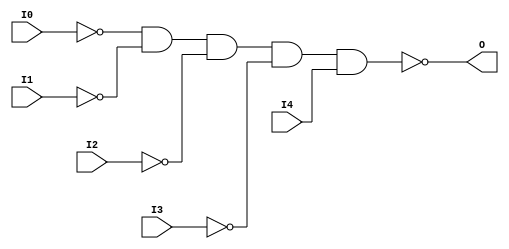
// $Header: /devl/xcs/repo/env/Databases/CAEInterfaces/verunilibs/data/uni9000/NAND5B4.v,v 1.4 2007/05/23 20:05:05 patrickp Exp $
///////////////////////////////////////////////////////////////////////////////
// Copyright (c) 1995/2004 Xilinx, Inc.
// All Right Reserved.
///////////////////////////////////////////////////////////////////////////////
//   ____  ____
//  /   /\/   /
// /___/  \  /    Vendor : Xilinx
// \   \   \/     Version : 7.1i (H.19)
//  \   \         Description : Xilinx Functional Simulation Library Component
//  /   /                  5-input NAND Gate
// /___/   /\     Filename : NAND5B4.v
// \   \  /  \    Timestamp : Thu Mar 25 16:42:04 PST 2004
//  \___\/\___\
//
// Revision:
//    03/23/04 - Initial version.
//    05/23/07 - Added wire declaration for internal signals.
//    05/23/07 - Changed timescale to 1 ps / 1 ps.

`timescale  1 ps / 1 ps

`celldefine

module NAND5B4 (O, I0, I1, I2, I3, I4);


    output O;

    input  I0, I1, I2, I3, I4;

    wire i0_inv;
    wire i1_inv;
    wire i2_inv;
    wire i3_inv;

    not N3 (i3_inv, I3);
    not N2 (i2_inv, I2);
    not N1 (i1_inv, I1);
    not N0 (i0_inv, I0);
    nand A1 (O, i0_inv, i1_inv, i2_inv, i3_inv, I4);

    specify
	(I0 *> O) = (0, 0);
	(I1 *> O) = (0, 0);
	(I2 *> O) = (0, 0);
	(I3 *> O) = (0, 0);
	(I4 *> O) = (0, 0);
    endspecify

endmodule

`endcelldefine